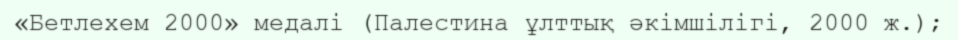
«Бетлехем 2000» медалі (Палестина ұлттық әкімшілігі, 2000 ж.);